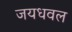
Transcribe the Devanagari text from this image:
जयधवल